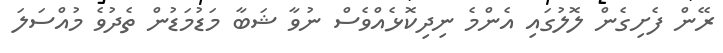
ރޭން ފެށިގެން ލޮލުގައި އެންމެ ނިދިކޮޅެއްވެސް ނުވާ ޝަބާ މަޑުމަޑުން ތެދުވެ މުއްސަލަ